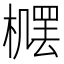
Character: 𪳴